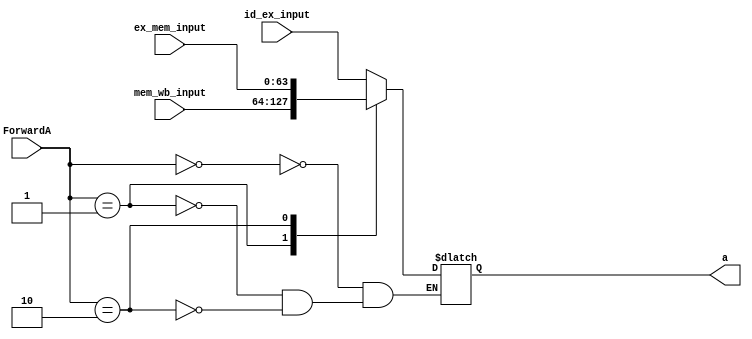
module forward_A_mux (
	input [1:0] ForwardA,
	input[63:0] id_ex_input,
	input[63:0] mem_wb_input,
	input[63:0] ex_mem_input,
	output reg [63:0] a
);
	always @ (*)
	begin
		case (ForwardA)
			2'b00 : a <= id_ex_input;
			2'b01 : a <= mem_wb_input;
			2'b10 : a <= ex_mem_input;
		endcase
	end

endmodule